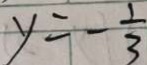
y = - \frac { 1 } { 3 }